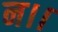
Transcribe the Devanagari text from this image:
न।।